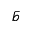
\bar { b }